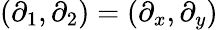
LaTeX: (\partial_{1},\partial_{2})=(\partial_{x},\partial_{y})